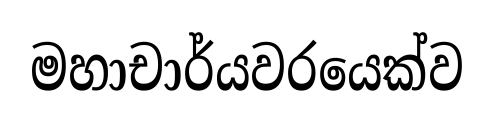
මහාචාර්යවරයෙක්ව